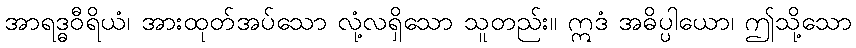
အာရဒ္ဓဝီရိယံ၊ အားထုတ်အပ်သော လုံ့လရှိသော သူတည်း။ ဣဒံ အဓိပ္ပါယော၊ ဤသို့သော